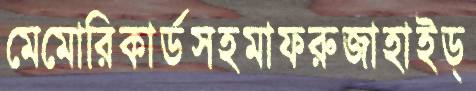
মেমোরিকার্ডসহমাফরুজাহাইড্